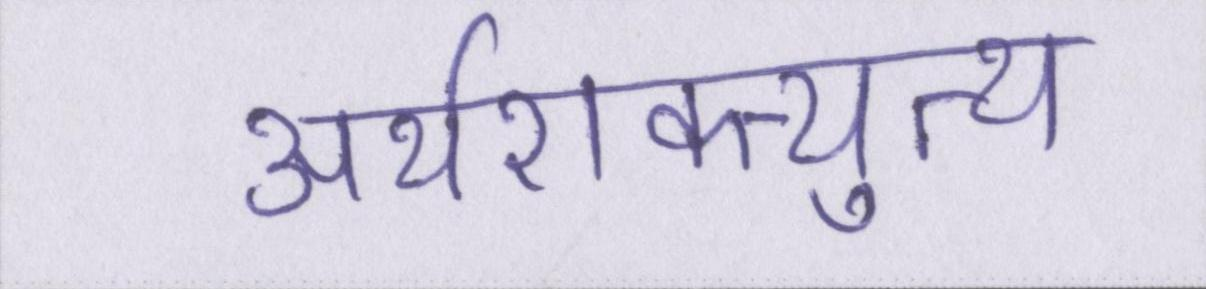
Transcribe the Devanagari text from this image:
अर्थशक्त्युत्थ